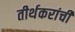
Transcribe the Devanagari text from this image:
तीर्थकरांची